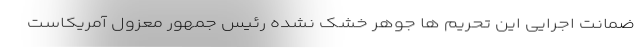
ضمانت اجرایی این تحریم ها جوهر خشک نشده رئیس جمهور معزول آمریکاست